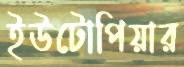
ইউটোপিয়ার